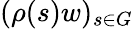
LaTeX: (\rho(s)w)_{s\in G}